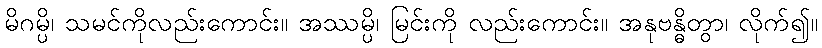
မိဂမ္ပိ၊ သမင်ကိုလည်းကောင်း။ အဿမ္ပိ၊ မြင်းကို လည်းကောင်း။ အနုဗန္ဓိတွာ၊ လိုက်၍။